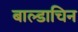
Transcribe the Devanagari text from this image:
बाल्डाचिन